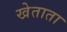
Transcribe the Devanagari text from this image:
खेताता